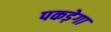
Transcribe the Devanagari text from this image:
पकड़ेगा